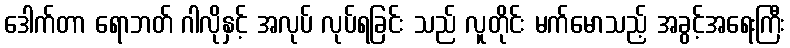
ဒေါက်တာ ရောဘတ် ဂါလိုနှင့် အလုပ် လုပ်ရခြင်း သည် လူတိုင်း မက်မောသည့် အခွင့်အရေးကြီး